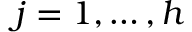
j = 1 , \dots , h